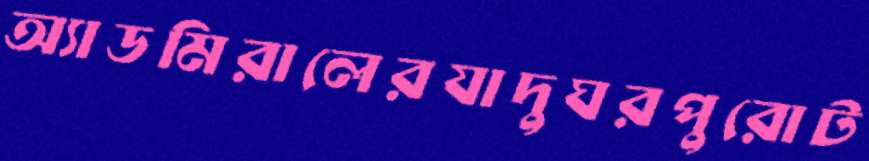
অ্যাডমিরালেরযাদুঘরপুরোট